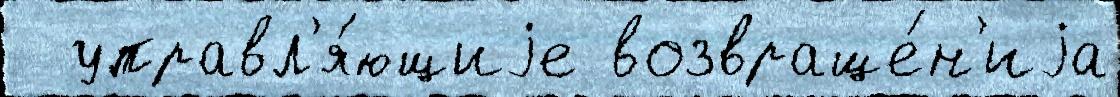
  управл'я́ющиjе возвраще́н'иjа